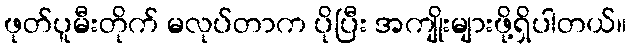
ဖုတ်ပူမီးတိုက် မလုပ်တာက ပိုပြီး အကျိုးများဖို့ရှိပါတယ်။